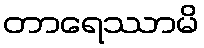
တာရေဿာမိ